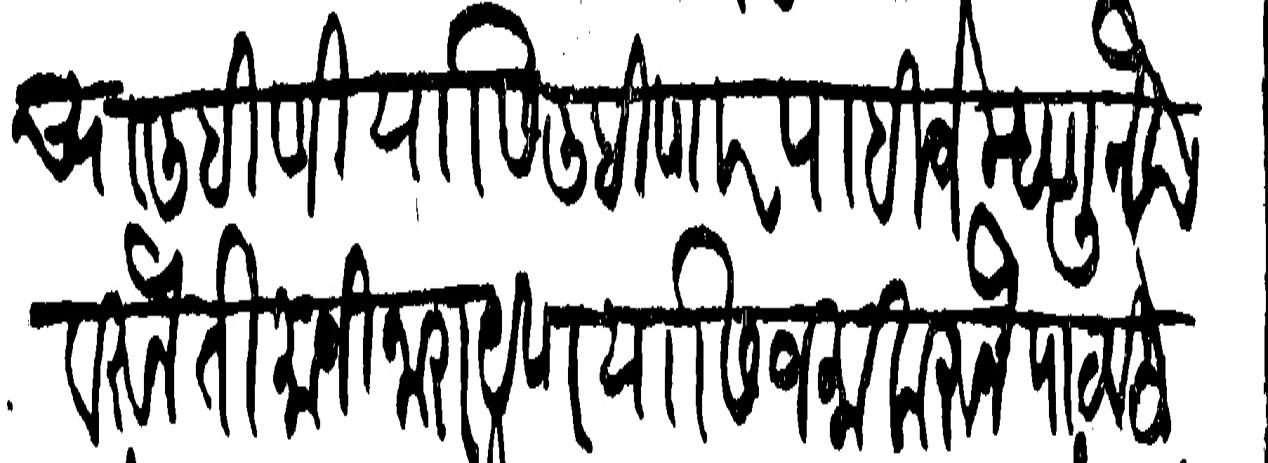
Transliteration (Devanagari): त्याच्या लिहिणियासी लिहिणार पाहिजे म्हणून त्यावरुन तिमाजी नारायण यासी जमा करुन पाठविले